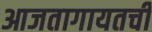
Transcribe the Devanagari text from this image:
आजतागायतची